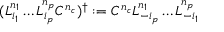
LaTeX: ( L _ { i _ { 1 } } ^ { n _ { 1 } } \ldots L _ { i _ { p } } ^ { n _ { p } } C ^ { n _ { c } } ) ^ { \dagger } : = C ^ { n _ { c } } L _ { - i _ { p } } ^ { n _ { 1 } } \ldots L _ { - i _ { 1 } } ^ { n _ { p } }